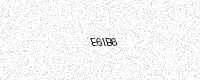
Text: E6IB6